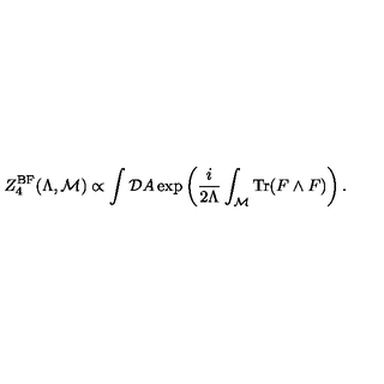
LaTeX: Z _ { 4 } ^ { \mathrm { B F } } ( \Lambda , { \cal M } ) \propto \int { \cal D } A \exp \left( { \frac { i } { 2 \Lambda } } \int _ { \cal M } \mathrm { T r } ( F \wedge F ) \right) .